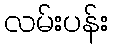
လမ်းပန်း